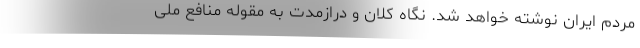
مردم ایران نوشته خواهد شد. نگاه کلان و درازمدت به مقوله منافع ملی